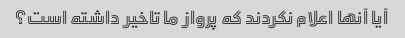
آیا آنها اعلام نکردند که پرواز ما تاخیر داشته است؟